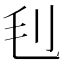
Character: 𣬟